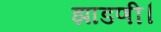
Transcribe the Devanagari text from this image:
झाडणी।